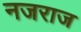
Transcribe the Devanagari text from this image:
नजराज